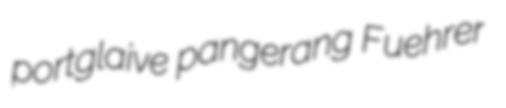
portglaive pangerang Fuehrer